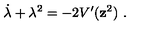
\dot { \lambda } + \lambda ^ { 2 } = - 2 V ^ { \prime } ( { \bf z } ^ { 2 } ) \ .